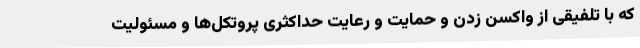
که با تلفیقی از واکسن زدن و حمایت و رعایت حداکثری پروتکل‌ها و مسئولیت